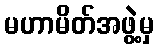
မဟာမိတ်အဖွဲ့မှ